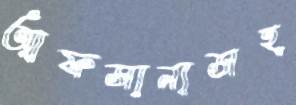
আফসানাসহ